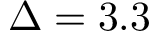
\Delta = 3 . 3